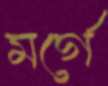
মর্গে